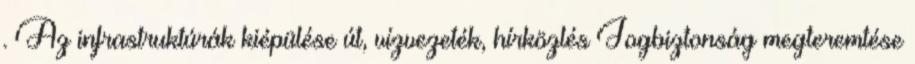
. Az infrastruktúrák kiépülése út, vízvezeték, hírközlés Jogbiztonság megteremtése